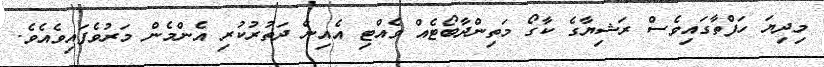
މިދިޔަ ހަފްތާގައިވެސް ރަޝިޔާގެ ކާގޯ މަތިންދާބޯޓެއް ވެއްޓި އެއިން ދަތުރުކުރި އެންމެން މަރުވެފައިވެއެވެ.